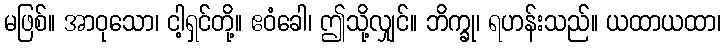
မဖြစ်။ အာဝုသော၊ ငါ့ရှင်တို့။ ဧဝံခေါ၊ ဤသို့လျှင်။ ဘိက္ခု၊ ရဟန်းသည်။ ယထာယထာ၊